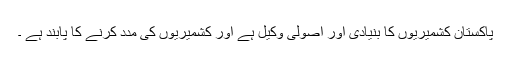
پاکستان کشمیریوں کا بنیادی اور اصولی وکیل ہے اور کشمیریوں کی مدد کرنے کا پابند ہے ۔